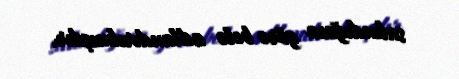
salındığına görə belə adlandırılmışdır.